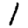
Digit: 1